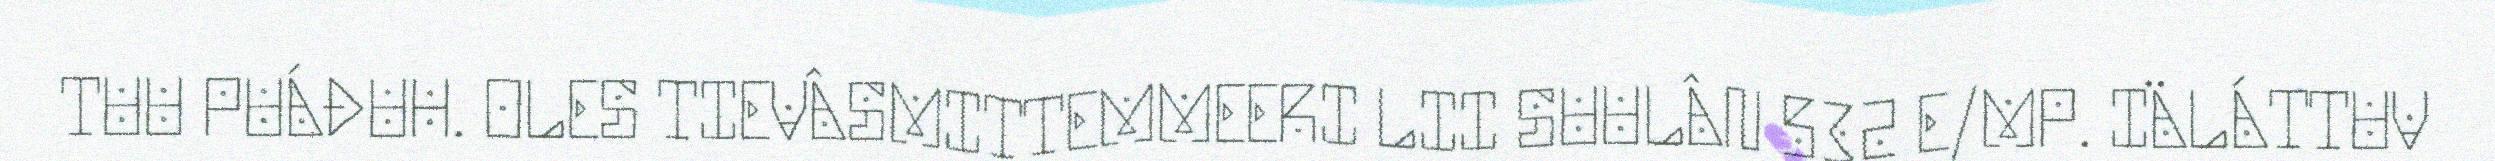
TUU PUÁĐUH. OLES TIEVÂSMITTEMMEERI LII SUULÂN 532 E/MP. IÄLÁTTUV